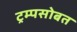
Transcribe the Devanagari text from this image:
ट्रम्पसोबत